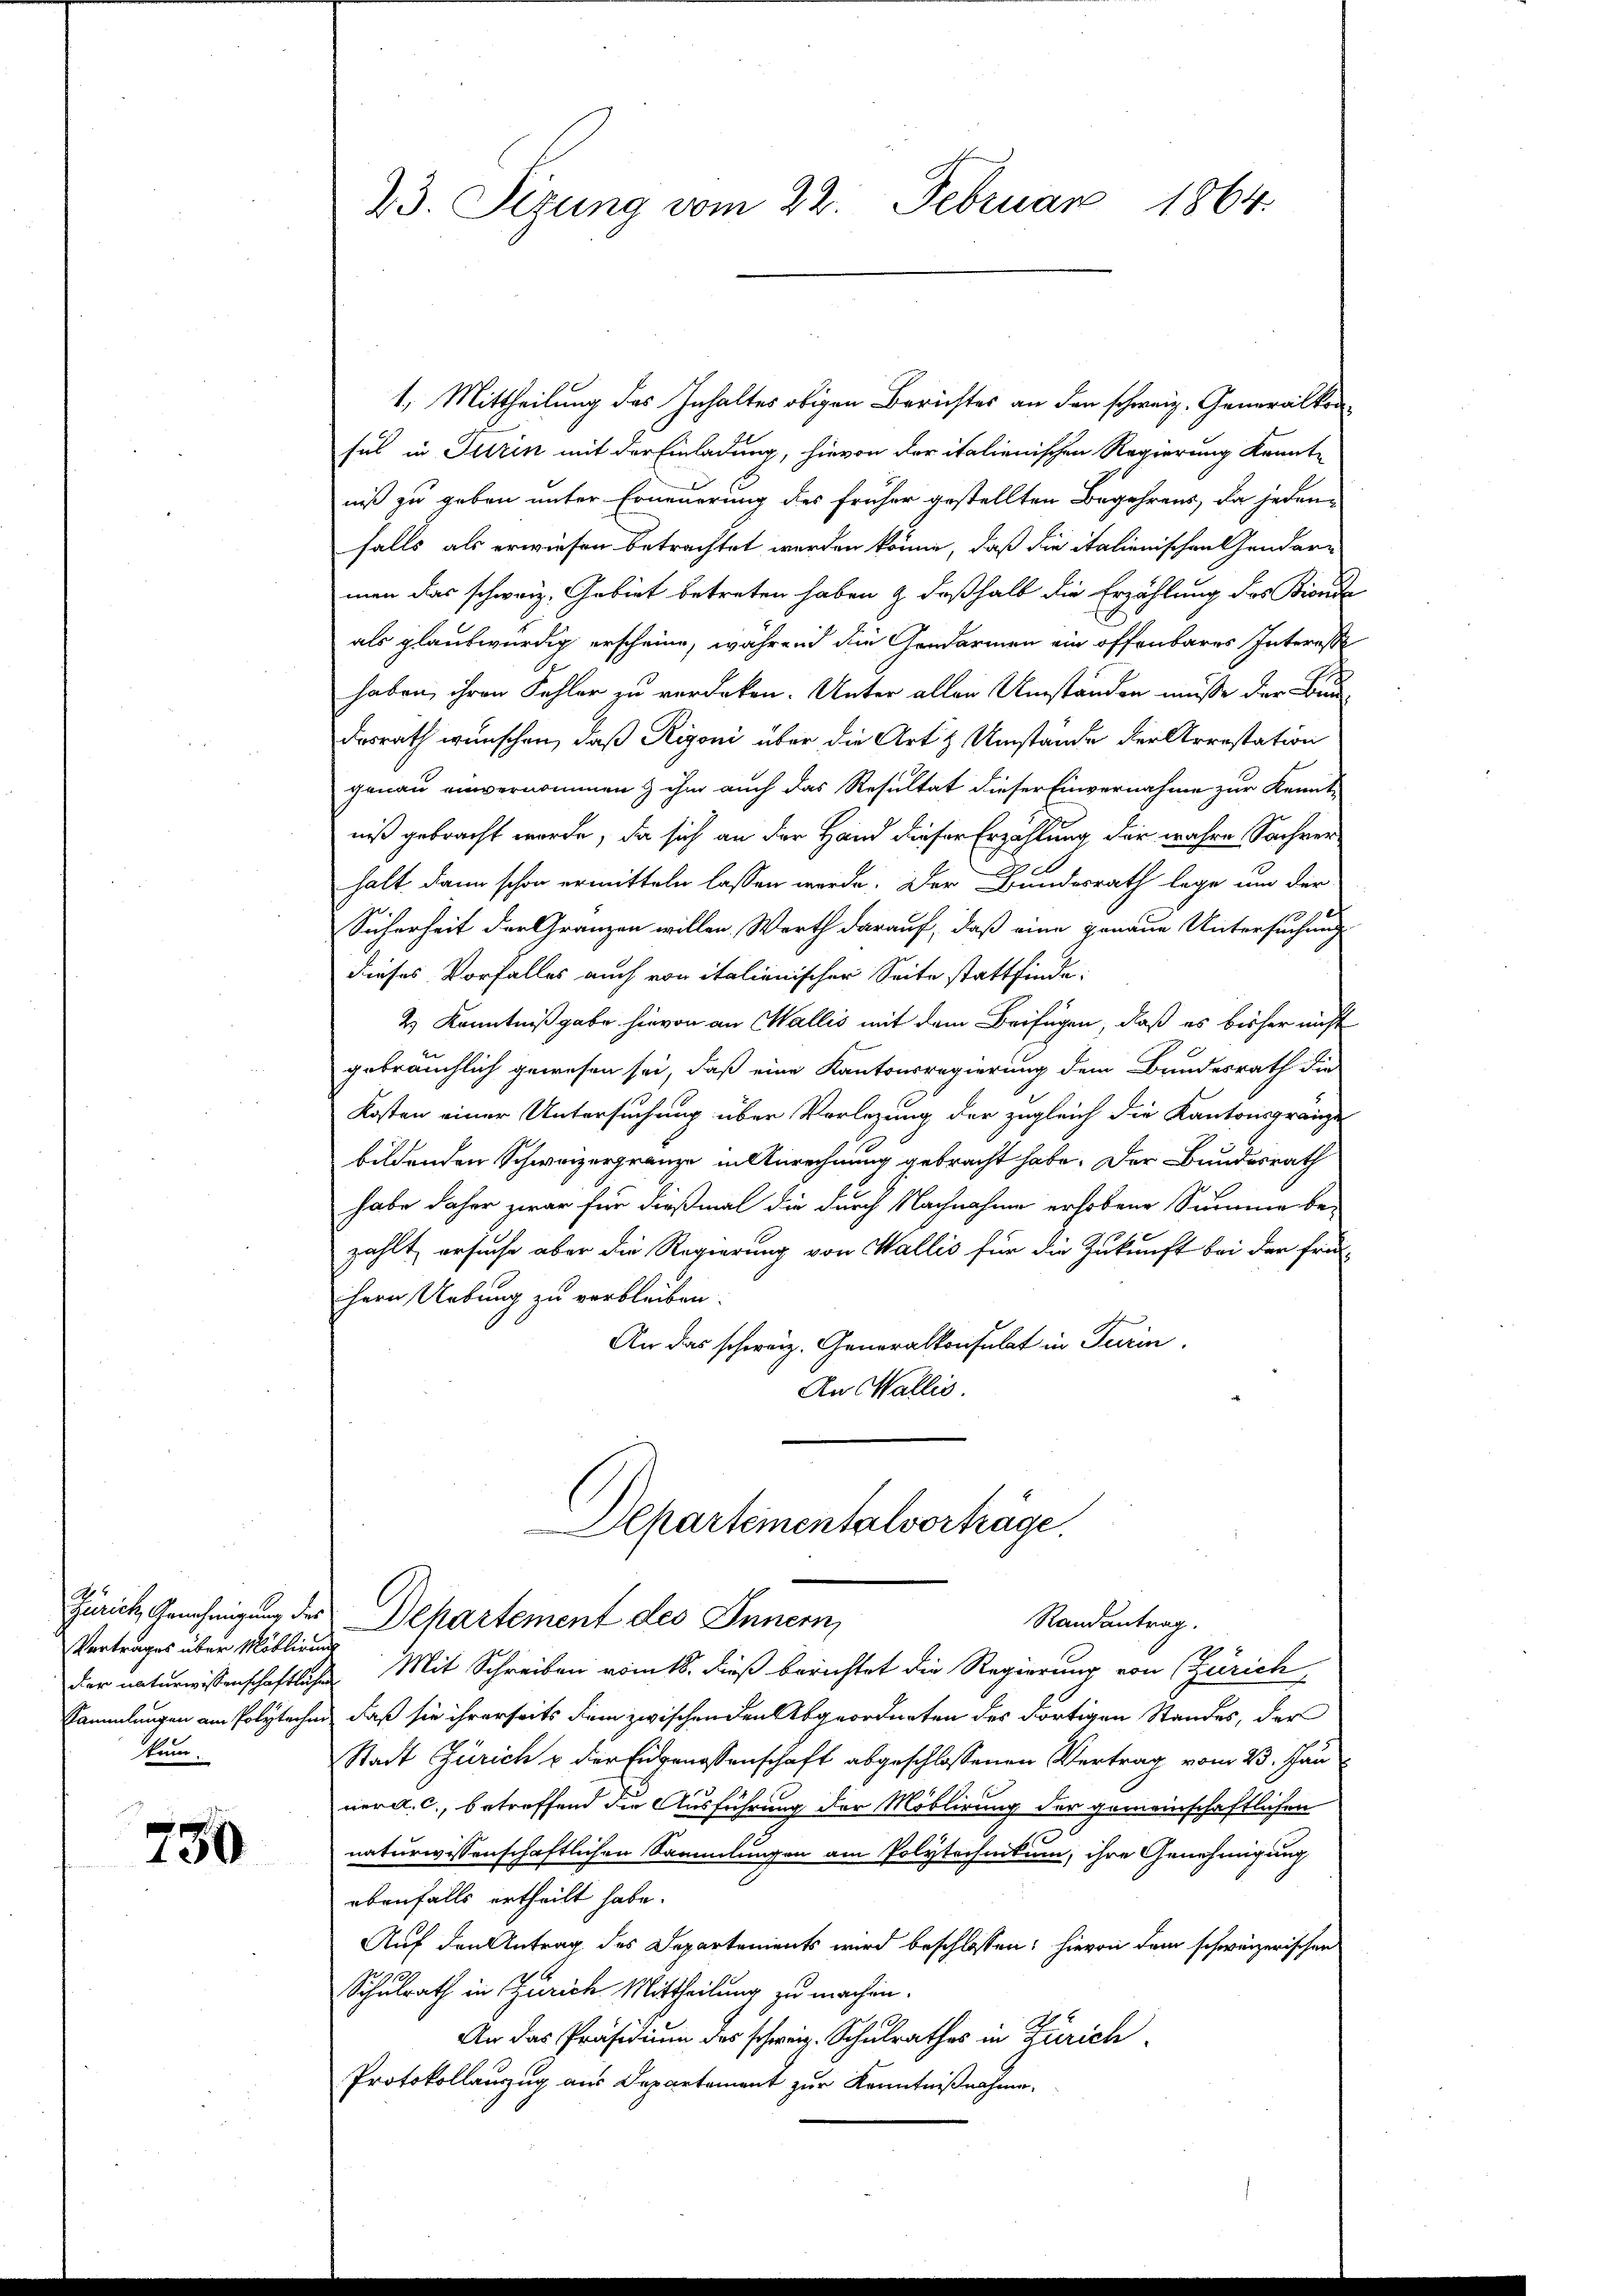
Vertrages über Millirung
kanon.

750

23. Sizung vom 22. Februar 1864.

1. Mittheilung des Inhaltes obigen Berichtes an den schweiz. Generalkonsul in Turin mit der Einladung, hievon der italienischen Regierung kannte
niß zu geben unter Erneuerung des früher gestellten Begehrens, da jedenfalls als erwiesen betrachtet werden könne, daß die italienischen Gendarman das schweiz. Gebiet betreten haben & deßhalb die Erzählung des Bionde
als glaubwürdig erscheine, während die Gendarmen ein offenbares Interesse
haben, ihren Fehler zu verdeken. Unter allen Umständen müsse der Bun-
desrath wünschen, daß Rigoni über die Art & Umstände der Arrestation
genau einvernommen & ihm auch das Resultat dieser Einvernahme zur Kennt-
niß gebracht werde, da sich an der Hand dieser Erzählung der wahre Sachverhalt. Dann schon ermitteln lassen werde. Der Bundesrath lege um der
Sicherheit der Gränzen willen. Werth darauf, daß eine genaue Untersuchung
dieses Vorfalles auch von italienischer Seite stattfinde.
2) Kenntnißgabe hievon an Wallis mit dem Beifügen, daß es bisher nicht
gebräuchlich gewesen sei, daß eine Kantonsregierung dem Bundesrath die
Kosten einer Untersuchung über Vorlegung der zugleich die Kantonsgränze
bildenden Schweizergränze in Anrechnung gebracht habe. Der Bundesrath
habe daher zwar für dießmal die durch Nachnahme erhobene Summe bezählt, ersuche aber die Regierung von Wallis für die Zukunft bei der frü¬
Hern Uebung zu verbleiben.
An das schweiz. Generalkonsulat in Turin,
An Wallis.
Departementalvorträge.
Zürich, Genehmigung des Departement des Innern,
Randantrag.
der naturwissenschaftlichen Mit Schreiben vom 18. dieß berichtet die Regierung von (Zürich
Sammlungen am Polytechen, daß sie ihrerseits dem zwischen den Abgeordneten des dortigen Standes, der
Stadt Zürich & der Eidgenossenschaft abgeschlossenen Vertrag vom 23. Jan
ner a. c., betreffend die Ausführung der Moblirung der gemeinschaftlichen
naturwissenschaftlichen Sammlungen am Polytechnitum, ihre Genehmigung
ebenfalls ertheilt habe.
Auf den Antrag des Departements wird beschlossen: hievon dem schweizerischen
Schulrath in Zürich Mittheilung zu machen.
An das Präsidium des schweiz. Schulrathes in Zürich
Protokollauszug aus Departement zur Kenntnißnahme.